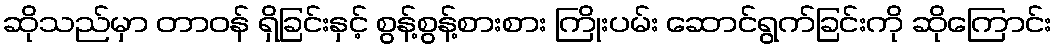
ဆိုသည်မှာ တာဝန် ရှိခြင်းနှင့် စွန့်စွန့်စားစား ကြိုးပမ်း ဆောင်ရွက်ခြင်းကို ဆိုကြောင်း